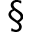
\S